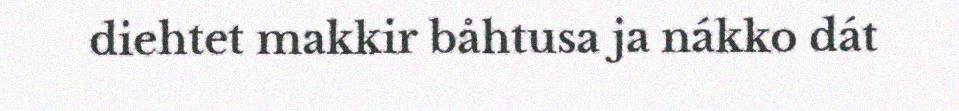
diehtet makkir båhtusa ja nákko dát